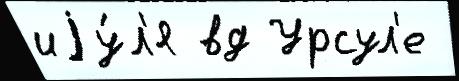
иjу́л'я вд Урсул'е